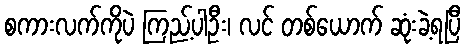
စကားလက်ကိုပဲ ကြည့်ပါဦး၊ လင် တစ်ယောက် ဆုံးခဲ့ရပြီ